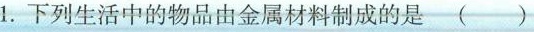
1.下列生活中的物品由金属材料制成的是（ ）